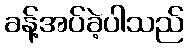
ခန့်အပ်ခဲ့ပါသည်